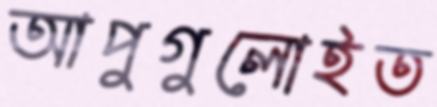
আপুগুলোইত